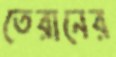
তেরানের